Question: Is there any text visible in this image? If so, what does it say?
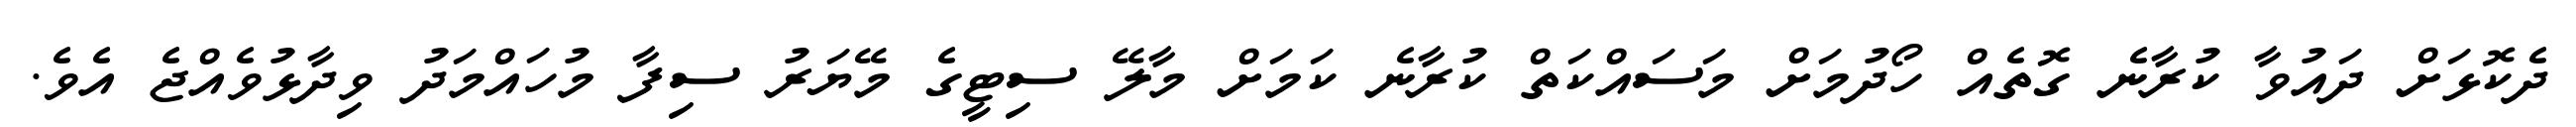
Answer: ދެކޮޅަށް ދައުވާ ކުރާނެ ގޮތެއް ހޯދުމަށް މަސައްކަތް ކުރާނެ ކަމަށް މާލޭ ސިޓީގެ މޭޔަރު ސިފާ މުހައްމަދު ވިދާޅުވެއްޖެ އެވެ.